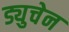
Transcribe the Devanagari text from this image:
ड्युचेन